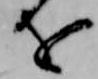
を